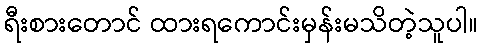
ရီးစားတောင် ထားရကောင်းမှန်းမသိတဲ့သူပါ။